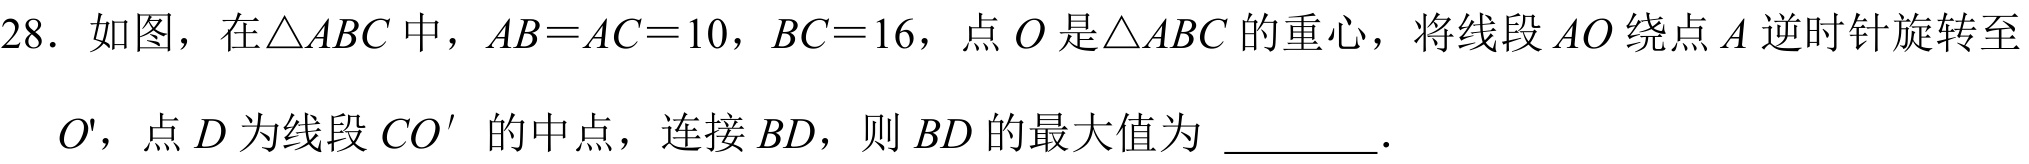
28. 如图，在\(\triangle ABC\)中，\(AB = AC = 10\)，\(BC = 16\)，点\(O\)是\(\triangle ABC\)的重心，将线段\(AO\)绕点\(A\)逆时针旋转至\(O'\)，点\(D\)为线段\(CO'\) 的中点，连接\(BD\)，则\(BD\)的最大值为 \_\_\_\_\_。